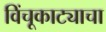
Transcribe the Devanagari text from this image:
विंचूकाट्याचा